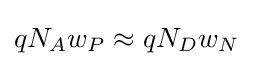
qN_{A}w_{P}\approx qN_{D}w_{N}